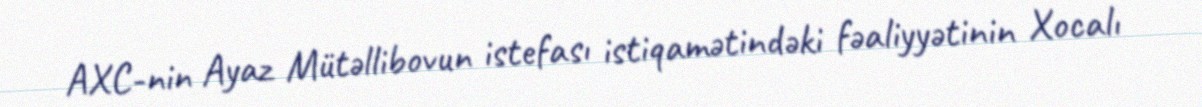
AXC-nin Ayaz Mütəllibovun istefası istiqamətindəki fəaliyyətinin Xocalı